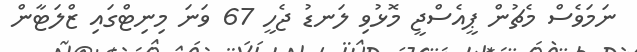
ނަމަވެސް މެޗުން ޕީއެސްޖީ މޮޅުވި ލަނޑު ޖެހީ 67 ވަނަ މިނިޓްގައި ޒްލަޓާން